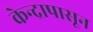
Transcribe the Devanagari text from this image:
केन्द्रापासून